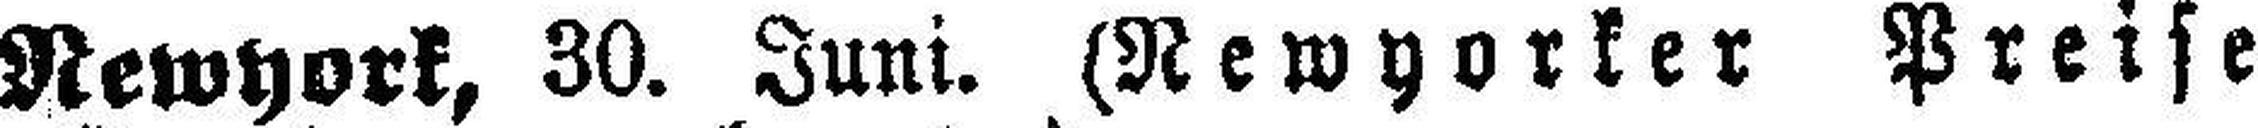
Newyork, 30. Juni. (Newyorker Preise